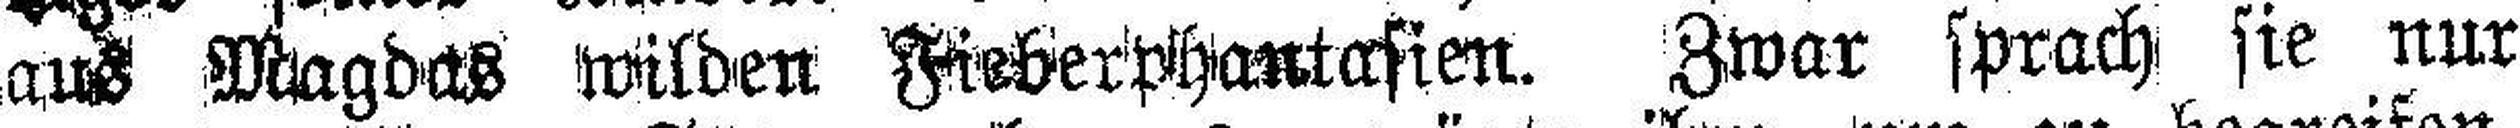
aus Magdas wilden Fieberphantasien. Zwar sprach sie nur